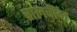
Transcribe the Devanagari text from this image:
चालवीन